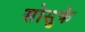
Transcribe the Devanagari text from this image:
सोसुके